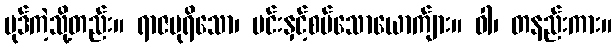
ပုဒ်ကဲ့သို့တည်း။ ရာဇပုရိသော၊ မင်းနှင့်စပ်သောယောက်ျား။ ဝါ၊ တနည်းကား။